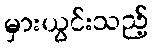
မှားယွင်းသည့်